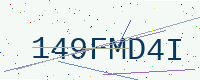
Text: 149FMD4I